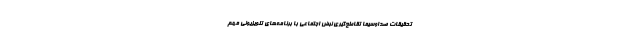
تحقیقات صداوسیما تقاطع‌گیری نبض اجتماعی با برنامه‌های تلویزیونی مهم